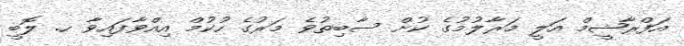
އަފްރާޝީމް އަލީ މަރާލުމުގެ ކުށް ސާބިތުވެ މަރުގެ ހުކުމް އިއްވާފައިވާ ހ. ލޮބީ